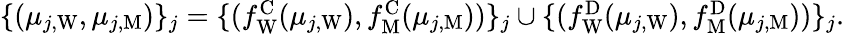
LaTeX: \begin{array}{r}{\{ (\mu_{j,\mathrm{W}},\mu_{j,\mathrm{M}})\} _{j}=\{ (f_{\mathrm{W}}^{\mathrm{C}}(\mu_{j,\mathrm{W}}),f_{\mathrm{M}}^{\mathrm{C}}(\mu_{j,\mathrm{M}}))\} _{j}\cup\{ (f_{\mathrm{W}}^{\mathrm{D}}(\mu_{j,\mathrm{W}}),f_{\mathrm{M}}^{\mathrm{D}}(\mu_{j,\mathrm{M}}))\} _{j}.}\end{array}